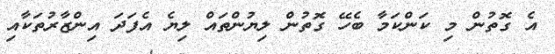
އެ ގޮތުން މި ކަންކަމާ ބެހޭ ގޮތުން ލިޔުންތައް ލިޔެ އެފަދަ އިންޒާރުތަކާއި